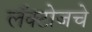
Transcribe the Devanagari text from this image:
लॅक्टोजचे